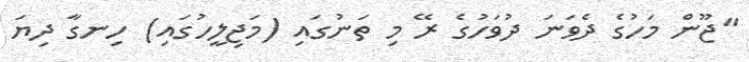
"ޖޫން މަހުގެ ދެވަނަ ދުވަހުގެ ރޭ މި ތަނުގައި (މަޖިލީހުގައި) ހިނގާ ދިޔަ